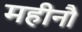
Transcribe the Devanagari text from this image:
महीनौ